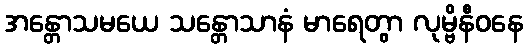
အန္တောသမယေ သန္တောသာနံ မာရေတွာ လုမ္ဗိနီဝနေ